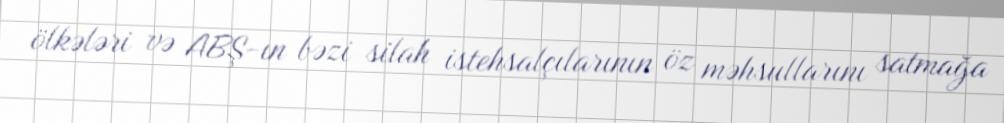
ölkələri və ABŞ-ın bəzi silah istehsalçılarının öz məhsullarını satmağa